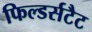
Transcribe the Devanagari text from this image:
फिल्डर्सटैट